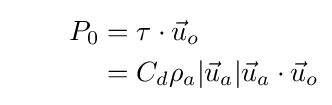
{\begin{aligned}\qquad P_{0}&=\tau \cdot {\vec {u}}_{o}\\&=C_{d}\rho _{a}|{\vec {u}}_{a}|{\vec {u}}_{a}\cdot {\vec {u}}_{o}\end{aligned}}